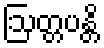
ဩတ္တပန္တိ